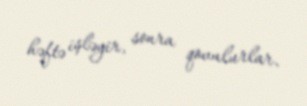
həftə işləyir, sonra qovulurlar.